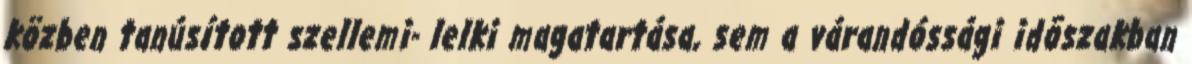
közben tanúsított szellemi- lelki magatartása, sem a várandóssági idõszakban